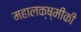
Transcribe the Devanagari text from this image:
महालक्ष्मीकी